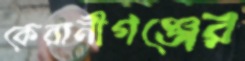
কেরানীগঞ্জের